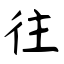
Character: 往